Report on the nature of kala-azar
Disease focus: Kala-Azar
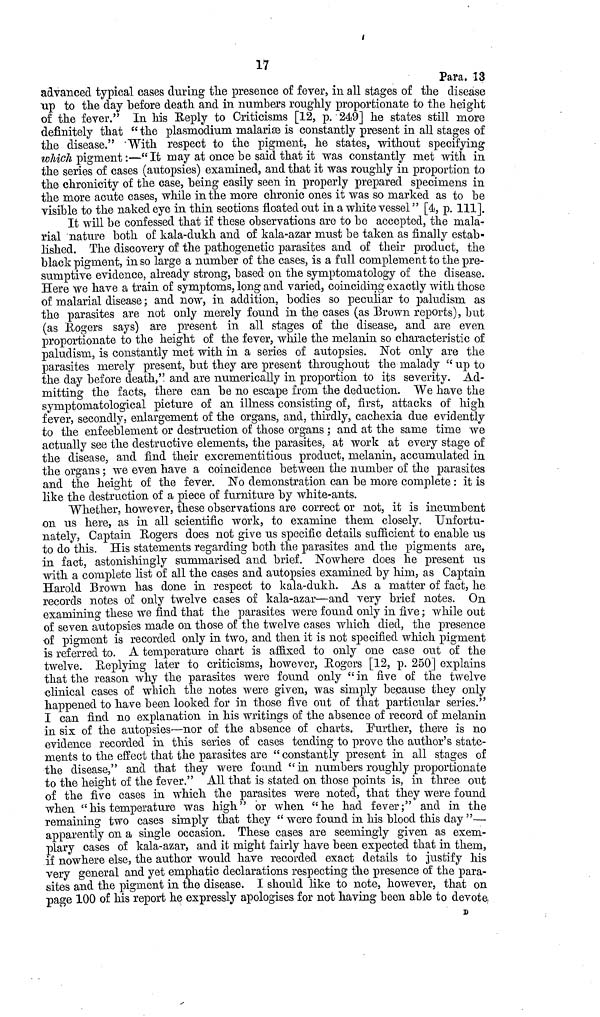
17
Para. 13
advanced typical cases during the presence of fever, in all stages of the disease
up to the day before death and in numbers roughly proportionate to the height
of the fever." In his Reply to Criticisms [12, p. 249] he states still more
definitely that " the plasmodium malariæ is constantly present in all stages of
the disease." With respect to the pigment, he states, without specifying
which pigment :—" It may at once be said that it was constantly met with in
the series of cases (autopsies) examined, and that it was roughly in proportion to
the chronicity of the case, being easily seen in properly prepared specimens in
the more acute cases, while in the more chronic ones it was so marked as to be
visible to the naked eye in thin sections floated out in a white vessel" [4, p. 111].
It will be confessed that if these observations are to be accepted, the mala-
rial nature both of kala-dukh and of kala-azar must be taken as finally estab-
lished. The discovery of the pathogenetic parasites and of their product, the
black pigment, in so large a number of the cases, is a full complement to the pre-
sumptive evidence, already strong, based on the symptomatology of the disease.
Here we have a train of symptoms, long and varied, coinciding exactly with those
of malarial disease ; and now, in addition, bodies so peculiar to paludism as
the parasites are not only merely found in the cases (as Brown reports), but
(as Rogers says) are present in all stages of the disease, and are even
proportionate to the height of the fever, while the melanin so characteristic of
paludism, is constantly met with in a series of autopsies. Not only are the
parasites merely present, but they are present throughout the malady " up to
the day before death," and are numerically in proportion to its severity. Ad-
mitting the facts, there can be no escape from the deduction. We have the
symptomatological picture of an illness consisting of, first, attacks of high
fever, secondly, enlargement of the organs, and, thirdly, cachexia due evidently
to the enfeeblement or destruction of those organs ; and at the same time we
actually see the destructive elements, the parasites, at work at every stage of
the disease, and find their excrementitious product, melanin, accumulated in
the organs ; we even have a coincidence between the number of the parasites
and the height of the fever. No demonstration can be more complete : it is
like the destruction of a piece of furniture by white-ants.
Whether, however, these observations are correct or not, it is incumbent
on us here, as in all scientific work, to examine them closely. Unfortu-
nately, Captain Rogers does not give us specific details sufficient to enable us
to do this. His statements regarding both the parasites and the pigments are,
in fact, astonishingly summarised and brief. Nowhere does he present us
with a complete list of all the cases and autopsies examined by him, as Captain
Harold Brown has done in respect to kala-dukh. As a matter of fact, he
records notes of only twelve cases of kala-azar—and very brief notes. On
examining these we find that the parasites were found only in five ; while out
of seven autopsies made on those of the twelve cases which died, the presence
of pigment is recorded only in two, and then it is not specified which pigment
is referred to. A temperature chart is affixed to only one case out of the
twelve. Replying later to criticisms, however, Bogers [12, p. 250] explains
that the reason why the parasites were found only "in five of the twelve
clinical cases of which the notes were given, was simply because they only
happened to have been looked for in those five out of that particular series."
I can find no explanation in his writings of the absence of record of melanin
in six of the autopsies—nor of the absence of charts. Further, there is no
evidence recorded in this series of cases tending to prove the author's state-
ments to the effect that the parasites are " constantly present in all stages of
the disease," and that they were found "in numbers roughly proportionate
to the height of the fever." All that is stated on those points is, in three out
of the five cases in which the parasites were noted, that they were found
when "his temperature was high" or when "he had fever ;" and in the
remaining two cases simply that they " were found in his blood this day "—
apparently on a single occasion. These cases are seemingly given as exem-
plary cases of kala-azar, and it might fairly have been expected that in them,
if nowhere else, the author would have recorded exact details to justify his
very general and yet emphatic declarations respecting the presence of the para-
sites and the pigment in the disease. I should like to note, however, that on
page 100 of his report he expressly apologises for not having been able to devote.
D